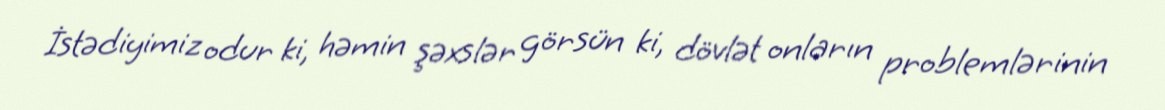
İstədiyimiz odur ki, həmin şəxslər görsün ki, dövlət onların problemlərinin